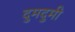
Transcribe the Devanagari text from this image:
दुमदुमी